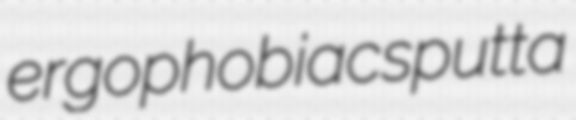
ergophobiac sputta